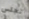
نجلس